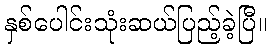
နှစ်ပေါင်းသုံးဆယ်ပြည့်ခဲ့ပြီ။